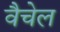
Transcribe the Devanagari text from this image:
वैचेल